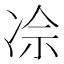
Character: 𪞡